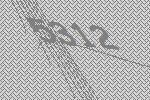
5312